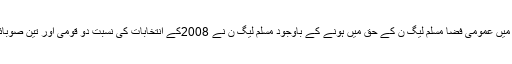
یوں 2013کے انتخابات میں عمومی فضا مسلم لیگ ن کے حق میں ہونے کے باوجود مسلم لیگ ن نے 2008کے انتخابات کی نسبت دو قومی اور تین صوبائی نشستیں کم حاصل کیں۔